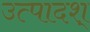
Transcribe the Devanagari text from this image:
उत्पादश्